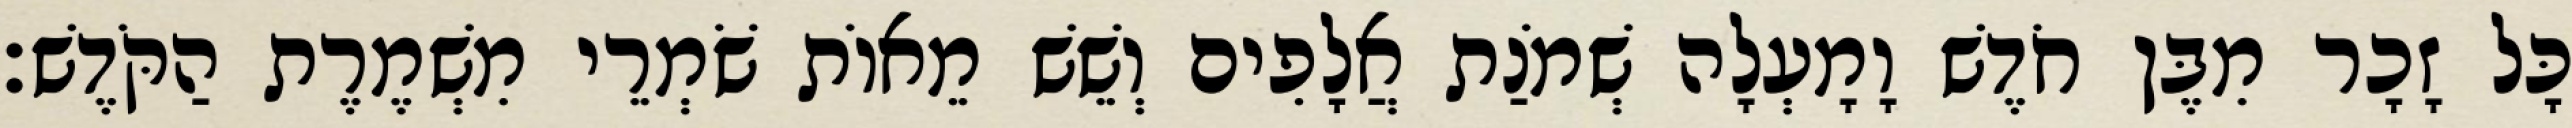
כָּל זָכָר מִבֶּן חֹדֶשׁ וָמָעְלָה שְׁמֹנַת אֲלָפִים וְשֵׁשׁ מֵאוֹת שֹׁמְרֵי מִשְׁמֶרֶת הַקֹּדֶשׁ׃